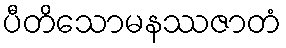
ပီတိသောမနဿဇာတံ